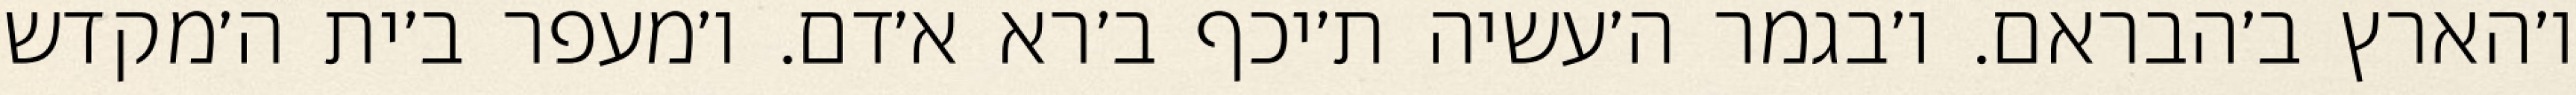
ו׳הארץ ב׳הבראם. ו׳בגמר ה׳עשיה ת׳יכף ב׳רא א׳דם. ו׳מעפר ב׳ית ה׳מקדש